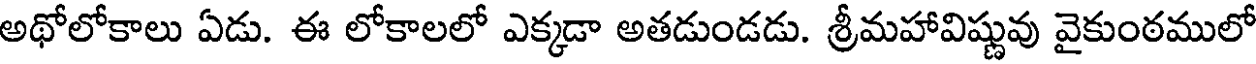
అథోలోకాలు ఏడు. ఈ లోకాలలో ఎక్కడా అతడుండడు. శ్రీమహావిష్ణువు వైకుంఠములో